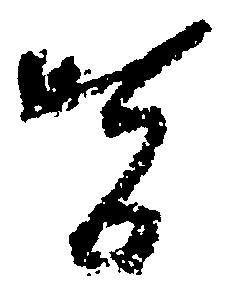
皆